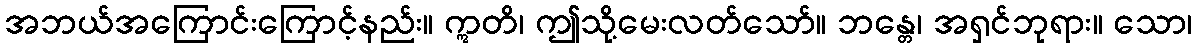
အဘယ်အကြောင်းကြောင့်နည်း။ ဣတိ၊ ဤသို့မေးလတ်သော်။ ဘန္တေ၊ အရှင်ဘုရား။ သော၊